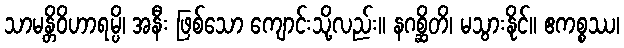
သာမန္တိဝိဟာရမ္ပိ၊ အနီး ဖြစ်သော ကျောင်းသို့လည်း။ နဂစ္ဆိတိ၊ မသွားနိုင်။ ဧကစ္စဿ၊